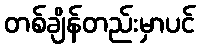
တစ်ချိန်တည်းမှာပင်